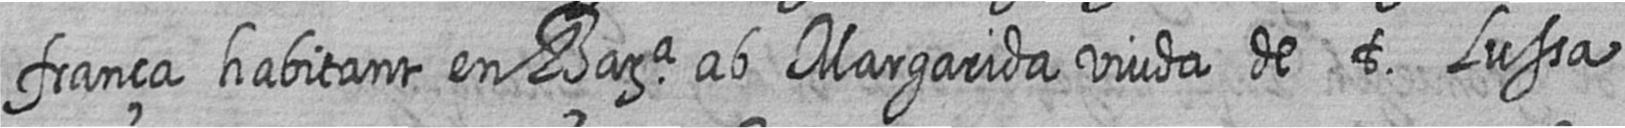
frança habitant en Bara ab Margarida viuda de t Lussa